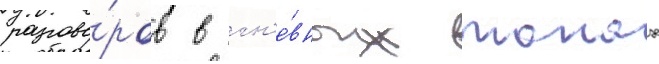
разгово́ров в гн'е́вных тонах